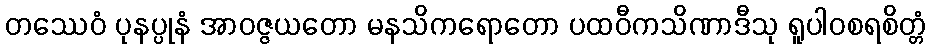
တဿေဝံ ပုနပ္ပုနံ အာဝဇ္ဇယတော မနသိကရောတော ပထဝီကသိဏာဒီသု ရူပါဝစရစိတ္တံ